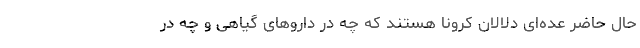
حال حاضر عده‌ای دلالان کرونا هستند که چه در داروهای گیاهی و چه در